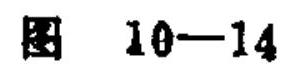
图 10—14